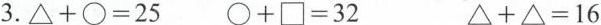
.3. $$△ + \circ = 2 5$$ $$\circ + \Box = 3 2$$ $$△ + △ = 1 6$$